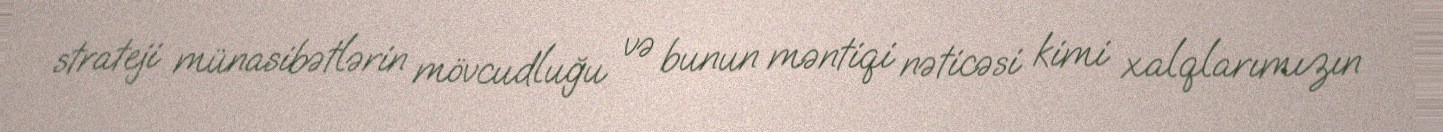
strateji münasibətlərin mövcudluğu və bunun məntiqi nəticəsi kimi xalqlarımızın